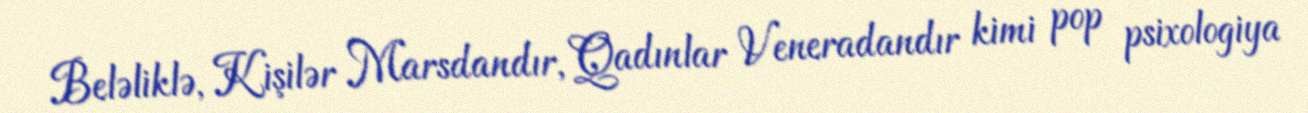
Beləliklə, Kişilər Marsdandır, Qadınlar Veneradandır kimi pop psixologiya